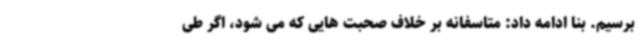
برسیم. بنا ادامه داد: متاسفانه بر خلاف صحبت هایی که می شود، اگر طی